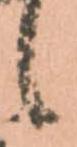
候